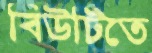
বিউটিতে